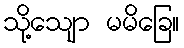
သို့သျော မမိခြေ။